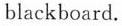
blackboard.